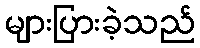
များပြားခဲ့သည်